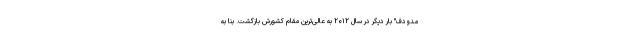
مدودف" بار دیگر در سال ۲۰۱۲ به عالی‌ترین مقام کشورش بازگشت. بنا به